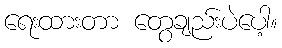
ရေးထားတာ တွေချည်းပဲပေါ့။